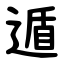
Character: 遁